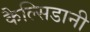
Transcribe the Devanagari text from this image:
कैल्सिडानी